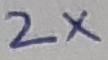
Text: WX